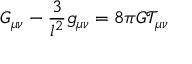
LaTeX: G _ { \mu \nu } - \frac 3 { l ^ { 2 } } g _ { \mu \nu } = 8 \pi G \mathcal { T } _ { \mu \nu }